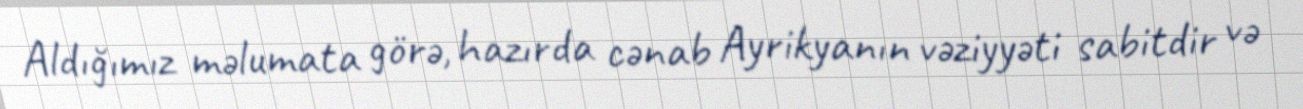
Aldığımız məlumata görə, hazırda cənab Ayrikyanın vəziyyəti sabitdir və